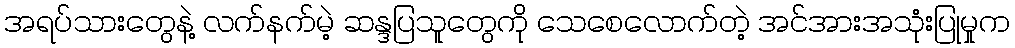
အရပ်သားတွေနဲ့ လက်နက်မဲ့ ဆန္ဒပြသူတွေကို သေစေလောက်တဲ့ အင်အားအသုံးပြုမှုက